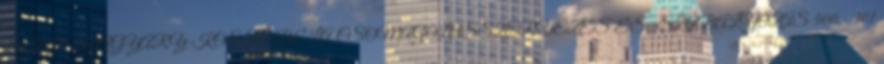
299 DR. MAGYARY-KOSSA BÉLA CSOMAGOLÁSSZERVEZÉS ÉS -SZABÁLYOZÁS 500,- 301